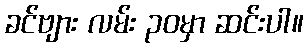
ခင်ဗျား လမ်း ၃၀မှာ ဆင်းပါ။